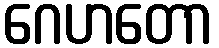
ဂေဟတော